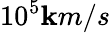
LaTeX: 10^{5}\mathbf{k}m/s